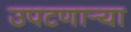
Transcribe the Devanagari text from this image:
उपटणार्‍या